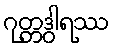
ဂုတ္တဒွါရဿ